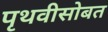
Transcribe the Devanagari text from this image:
पृथवीसोबत